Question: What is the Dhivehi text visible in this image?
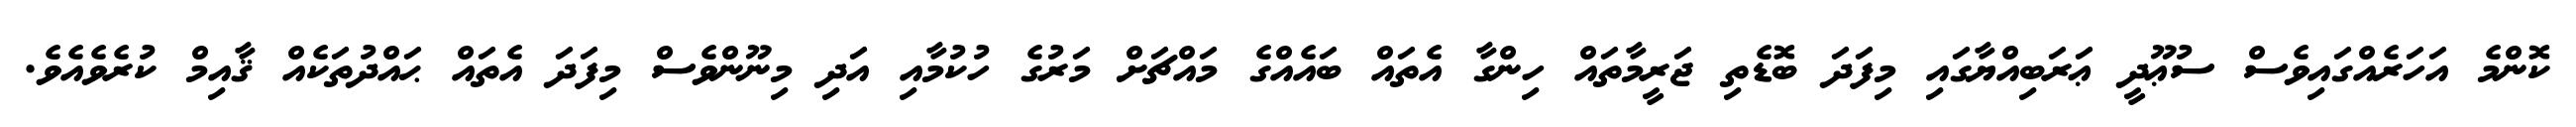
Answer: ކޮންމެ އަހަރެއްގައިވެސް ސުޢޫދީ ޢަރަބިއްޔާގައި މިފަދަ ބޮޑެތި ޖަރީމާތައް ހިންގާ އެތައް ބައެއްގެ މައްޗަށް މަރުގެ ހުކުމާއި އަދި މިނޫންވެސް މިފަދަ އެތައް ޙައްދުތަކެއް ޤާއިމް ކުރެވެއެވެ.